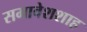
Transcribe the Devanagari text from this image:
समावेशशाह